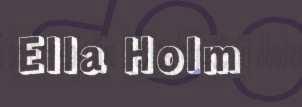
Ella Holm